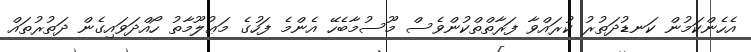
އެހެންކަމުން ކަނޑުދަތުރު ކުރައްވާ ފަރާތްތްކުންވެސް މޫސުމާބެހޭ އެންމެ ފަހުގެ މަޢުލޫމާތު ހޯއްދަވައިގެން ދަތުރުތައް